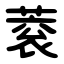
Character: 蓘